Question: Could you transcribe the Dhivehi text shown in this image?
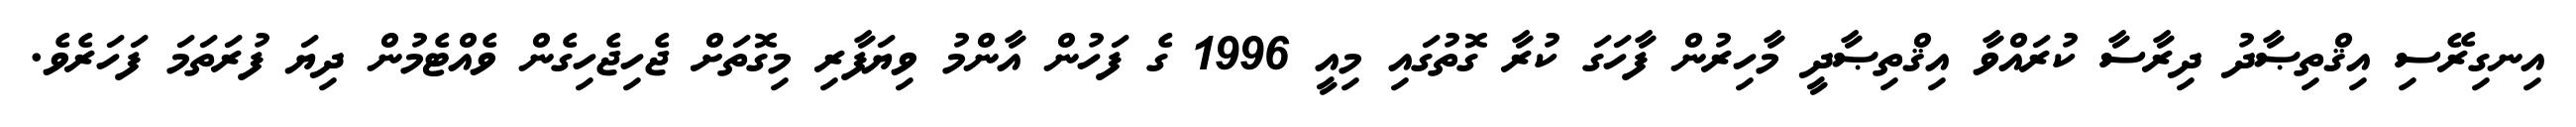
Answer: އިނގިރޭސި އިޤްތިޞާދު ދިރާސާ ކުރައްވާ އިޤްތިޞާދީ މާހިރުން ފާހަގަ ކުރާ ގޮތުގައި މިއީ 1996 ގެ ފަހުން އާންމު ވިޔަފާރި މިގޮތަށް ޖެހިޖެހިގެން ވެއްޓެމުން ދިޔަ ފުރަތަމަ ފަހަރެވެ.